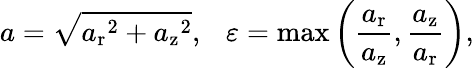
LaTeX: a=\sqrt{{a_{\mathrm{r}}}^{2}+{a_{\mathrm{z}}}^{2}},\ \ \ \varepsilon=\operatorname*{max}\left(\frac{a_{\mathrm{r}}}{a_{\mathrm{z}}},\frac{a_{\mathrm{z}}}{a_{\mathrm{r}}}\right),